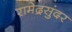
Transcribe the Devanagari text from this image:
रामेद्रसुंदर